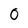
Character: 0